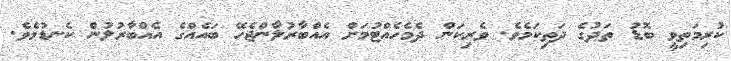
ކުރިމަތިވީ ބޮޑު ތަދުގެ ދަތިކަމެވެ. ވެރިކަން ދެމެހެއްޓުމަށް އެއްބާރުލާންޖެހޭ ބައެއްގެ އެއްބާރުލުން ކެނޑުމެވެ.